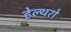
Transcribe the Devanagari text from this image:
हेल्थरो